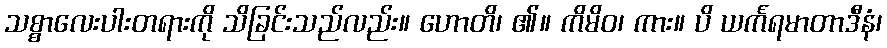
သစ္စာလေးပါးတရားကို သိခြင်းသည်လည်း။ ဟောတိ၊ ၏။ ကိမိဝ၊ ကား။ ပိ ယင်္ကရမာတာဒီနံ၊